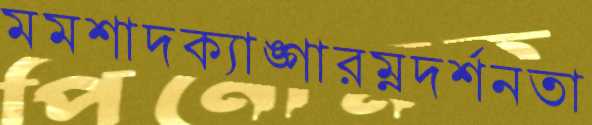
মমশাদক্যাঙ্গারম্নদর্শনতা